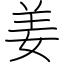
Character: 姜